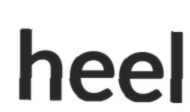
heel